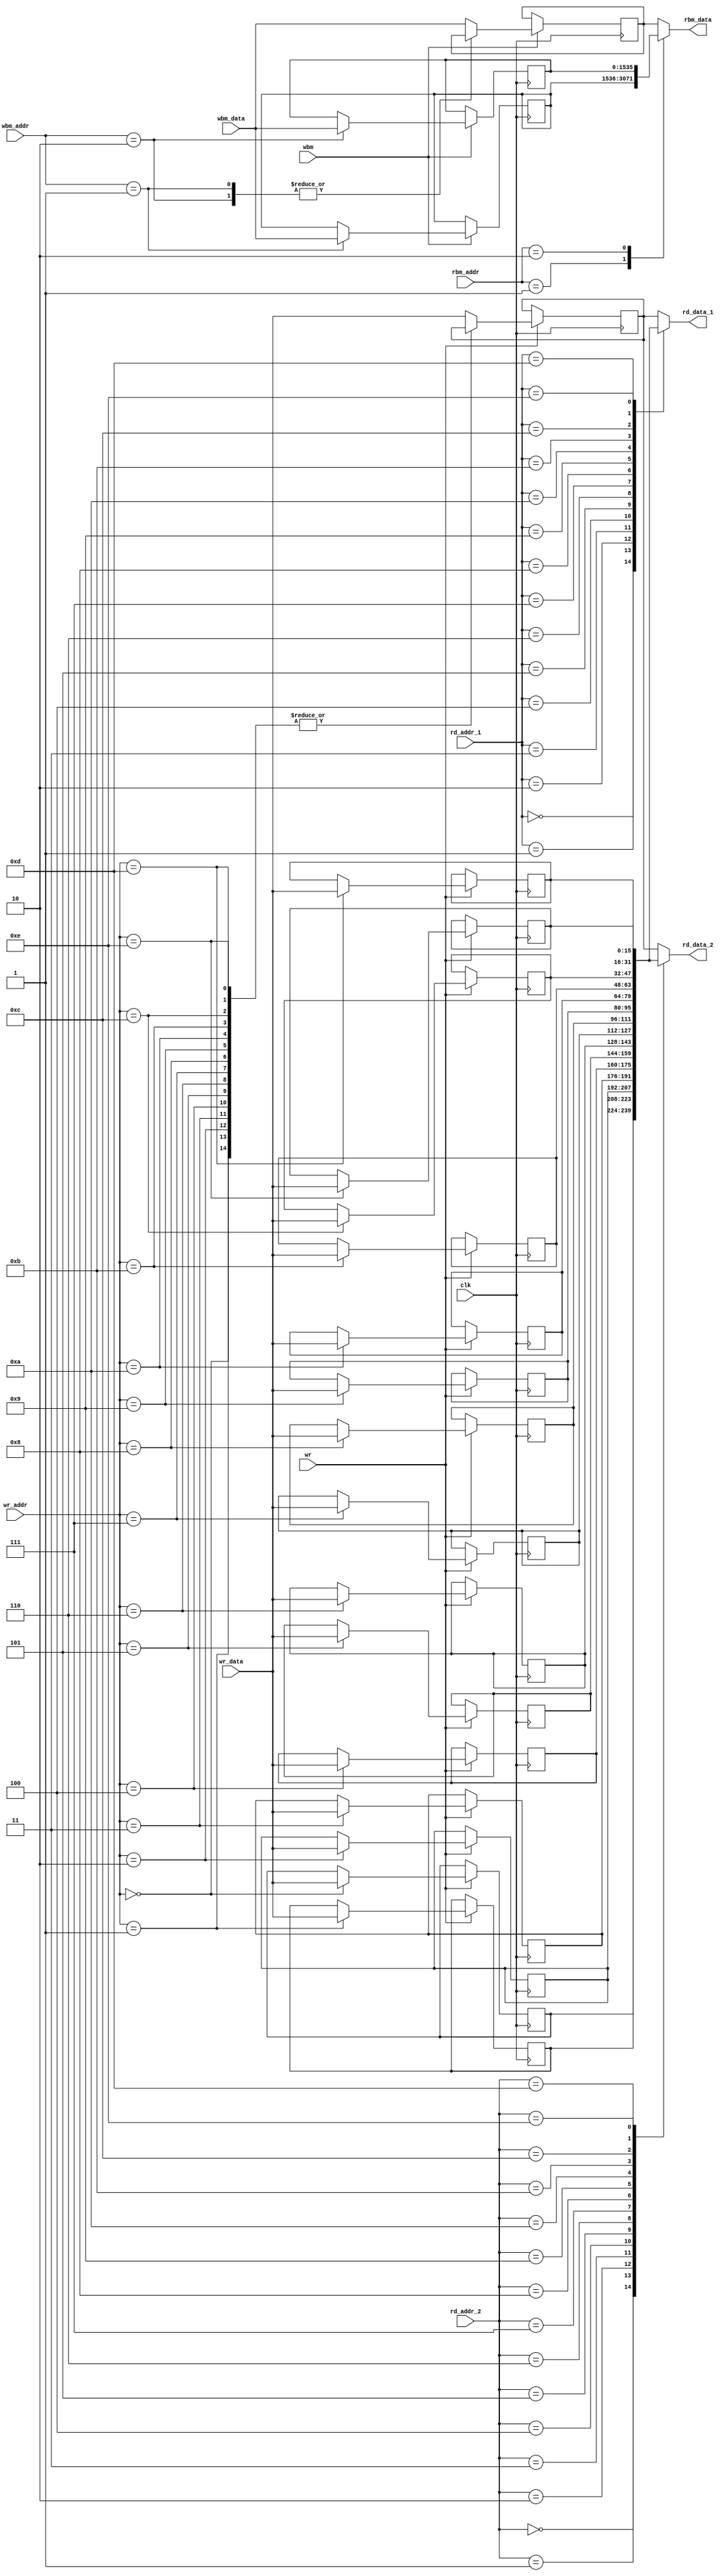
module reg_file (
    rd_addr_1,
    rd_data_1,
    rd_addr_2,
    rd_data_2,
    wr_addr,
    wr_data,
    wr,
    rbm_addr,
    rbm_data,
    wbm_addr,
    wbm_data,
    wbm,
    clk);

    parameter n = 16;
    parameter b = 1536;

    input wire [3:0] rd_addr_1;
    output reg [15:0] rd_data_1;
    input wire [3:0] rd_addr_2;
    output reg [15:0] rd_data_2;
    input wire [3:0] wr_addr;
    input wire [15:0] wr_data;
    input wire wr;
    input wire [1:0] rbm_addr;
    output reg [1535:0] rbm_data;
    input wire [1:0] wbm_addr;
    input wire [1535:0] wbm_data;
    input wire wbm;
    input wire clk;

    reg [n-1:0] n_reg_0;
    reg [n-1:0] n_reg_1;
    reg [n-1:0] n_reg_2;
    reg [n-1:0] n_reg_3;
    reg [n-1:0] n_reg_4;
    reg [n-1:0] n_reg_5;
    reg [n-1:0] n_reg_6;
    reg [n-1:0] n_reg_7;
    reg [n-1:0] n_reg_8;
    reg [n-1:0] n_reg_9;
    reg [n-1:0] n_reg_10;
    reg [n-1:0] n_reg_11;
    reg [n-1:0] n_reg_12;
    reg [n-1:0] n_reg_13;
    reg [n-1:0] n_reg_14;
    reg [n-1:0] n_reg_15;

    reg [b-1:0] b_reg_0;
    reg [b-1:0] b_reg_1;
    reg [b-1:0] b_reg_2;

    always @ (*)
        case (rd_addr_1)
            4'h0 : rd_data_1 = n_reg_0;
            4'h1 : rd_data_1 = n_reg_1;
            4'h2 : rd_data_1 = n_reg_2;
            4'h3 : rd_data_1 = n_reg_3;
            4'h4 : rd_data_1 = n_reg_4;
            4'h5 : rd_data_1 = n_reg_5;
            4'h6 : rd_data_1 = n_reg_6;
            4'h7 : rd_data_1 = n_reg_7;
            4'h8 : rd_data_1 = n_reg_8;
            4'h9 : rd_data_1 = n_reg_9;
            4'ha : rd_data_1 = n_reg_10;
            4'hb : rd_data_1 = n_reg_11;
            4'hc : rd_data_1 = n_reg_12;
            4'hd : rd_data_1 = n_reg_13;
            4'he : rd_data_1 = n_reg_14;
            default : rd_data_1 = n_reg_15;
        endcase

    always @ (*)
        case (rd_addr_2)
            4'h0 : rd_data_2 = n_reg_0;
            4'h1 : rd_data_2 = n_reg_1;
            4'h2 : rd_data_2 = n_reg_2;
            4'h3 : rd_data_2 = n_reg_3;
            4'h4 : rd_data_2 = n_reg_4;
            4'h5 : rd_data_2 = n_reg_5;
            4'h6 : rd_data_2 = n_reg_6;
            4'h7 : rd_data_2 = n_reg_7;
            4'h8 : rd_data_2 = n_reg_8;
            4'h9 : rd_data_2 = n_reg_9;
            4'ha : rd_data_2 = n_reg_10;
            4'hb : rd_data_2 = n_reg_11;
            4'hc : rd_data_2 = n_reg_12;
            4'hd : rd_data_2 = n_reg_13;
            4'he : rd_data_2 = n_reg_14;
            default : rd_data_2 = n_reg_15;
        endcase

    always @ (*)
        case (rbm_addr)
            2'h1 : rbm_data = b_reg_1;
            2'h2 : rbm_data = b_reg_2;
            default : rbm_data = b_reg_0;
        endcase

    always @ (posedge clk) begin
        if (wr) begin
            case (wr_addr) 
                4'h0 : n_reg_0 <= wr_data; 
                4'h1 : n_reg_1 <= wr_data; 
                4'h2 : n_reg_2 <= wr_data; 
                4'h3 : n_reg_3 <= wr_data; 
                4'h4 : n_reg_4 <= wr_data; 
                4'h5 : n_reg_5 <= wr_data; 
                4'h6 : n_reg_6 <= wr_data; 
                4'h7 : n_reg_7 <= wr_data; 
                4'h8 : n_reg_8 <= wr_data; 
                4'h9 : n_reg_9 <= wr_data; 
                4'ha : n_reg_10 <= wr_data; 
                4'hb : n_reg_11 <= wr_data; 
                4'hc : n_reg_12 <= wr_data; 
                4'hd : n_reg_13 <= wr_data; 
                4'he : n_reg_14 <= wr_data; 
                default : n_reg_15 <= wr_data; 
            endcase
        end

        if (wbm) begin
            case (wbm_addr)
                2'h1 : b_reg_1 <= wbm_data;
                2'h2 : b_reg_2 <= wbm_data;
                default : b_reg_0 <= wbm_data;
            endcase
        end
    end

endmodule